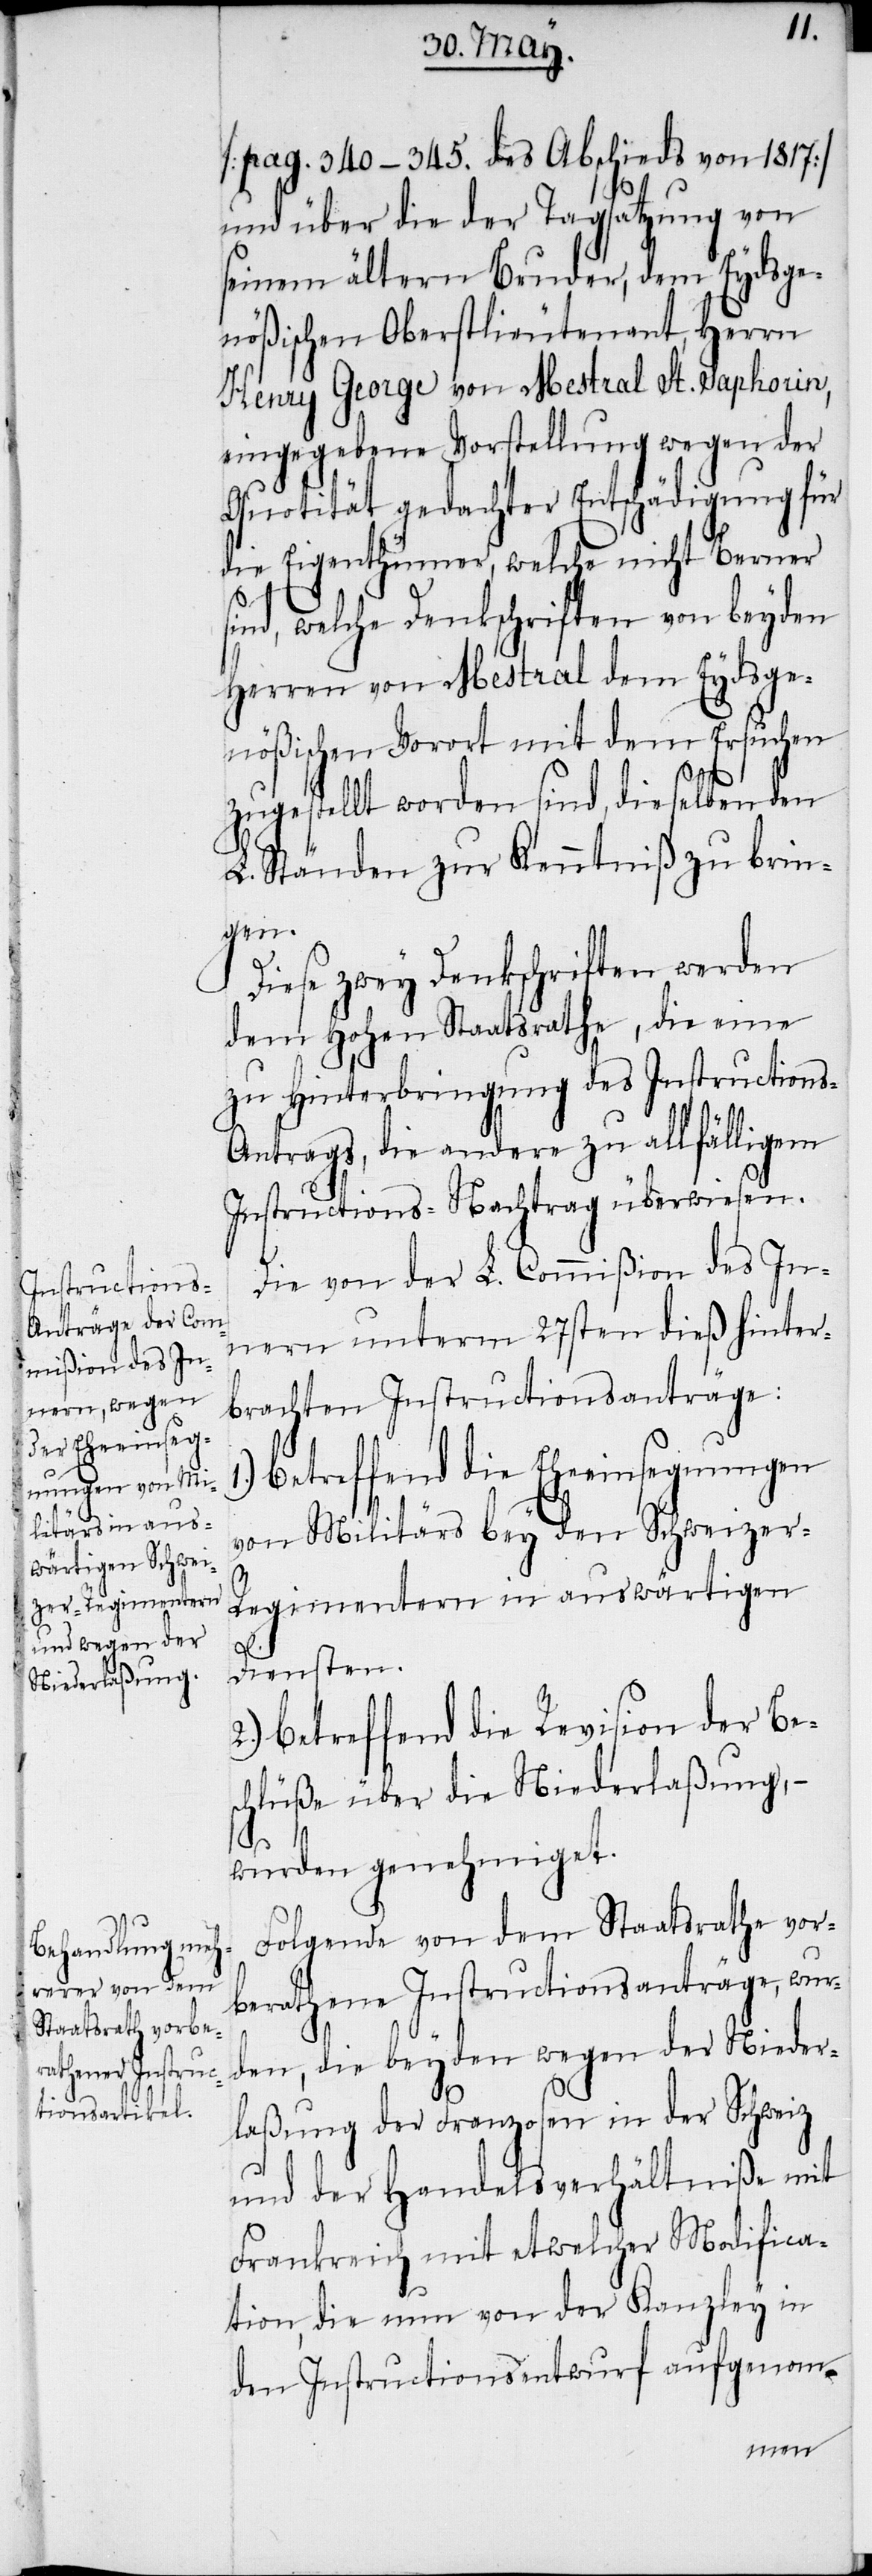
[pag. 340–345. des Abschieds von 1817]
und über die der Tagsatzung von
seinem ältern Bruder, dem Eydsge¬
nößischen Oberstlieutenant, Herrn
Henry George von Mestral St. Saphorin,
eingegebene Vorstellung wegen der
Quotität gedachter Entschädigung für
die Eigenthümer, welche nicht Berner
sind, welche Denkschriften von beyden
Herren von Mestral dem Eydsge¬
nößischen Vorort mit dem Ersuchen
zugestellt worden sind, dieselben den
L. Ständen zur Kenntniß zu brin¬
gen.
Diese zwey Denkschriften werden
dem Hohen Staatsrathe, die eine
zu Hinterbringung des Instructions-A¬
ntrags, die andere zu allfälligem
Instructions-Nachtrag überwiesen.
Die von der L. Commißion des In¬
nern unterm 27sten dieß hinter¬
brachten Instructionsanträge:
betreffend die Eheeinsegnungen
von Militärs bey den Schweizer-R¬
egimentern in auswärtigen
Diensten.
betreffend die Revision der Bes¬
chlüße über die Niederlaßung, –
wurden genehmiget.
Folgende von dem Staatsrathe vor¬
berathene Instructionsanträge, wur¬
den, die beyden wegen der Nieder¬
laßung der Franzosen in der Schweiz
und der Handelsverhältniße mit
Frankreich mit etwelcher Modifica¬
tion, die nun von der Kanzley in
den Instructionsentwurf aufgenom-